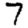
Digit: 7